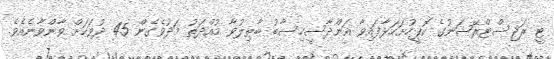
ޓީ ރަޖިސްޓްރޭޝަނުގެ ކޮޕީހުށަހަޅާފައިވާ އަންދާސީހިސާބު ބާޠިލުވާ މުއްދަތު މަދުވެގެން 45 ދުވަހަށް ވާންވާނެއެވެ.